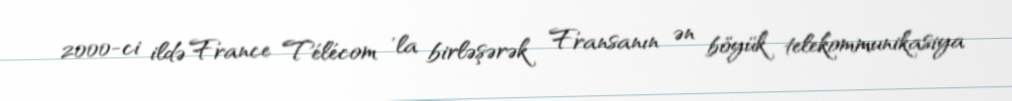
2000-ci ildə France Télécom 'la birləşərək Fransanın ən böyük telekommunikasiya